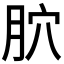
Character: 𦙮